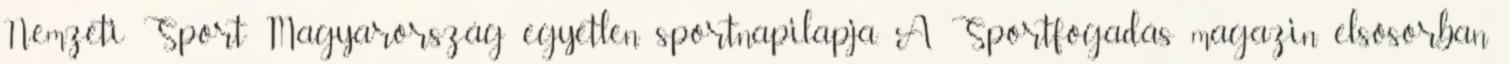
Nemzeti Sport Magyarország egyetlen sportnapilapja. A Sportfogadás magazin elsősorban